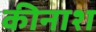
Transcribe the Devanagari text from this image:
कीनाश